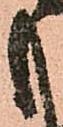
も